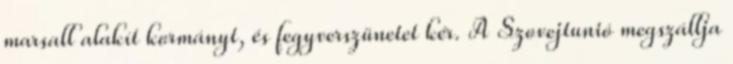
marsall alakít kormányt, és fegyverszünetet kér. A Szovejtunió megszállja